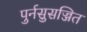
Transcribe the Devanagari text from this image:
पुर्नसुसज्जित